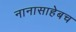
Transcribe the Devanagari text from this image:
नानासाहेबच